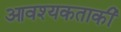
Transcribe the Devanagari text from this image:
आवश्‍यकताकी